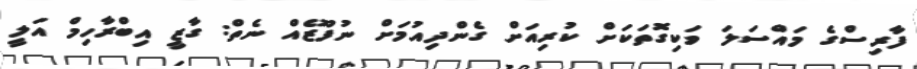
ފާރިިސްގެ މައްސަލަ ވަކިގޮތަކަށް ކުރިއަށް ގެންދިއުމަށް ނުފޫޒެއް ނެތް: ގާޒީ އިބްރާހިމް އަލީ